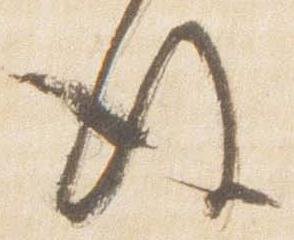
後